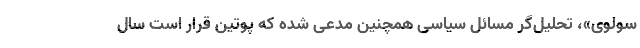
سولوی»، تحلیل‌گر مسائل سیاسی همچنین مدعی شده که پوتین قرار است سال